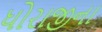
ધોરાજીના